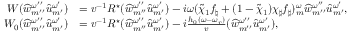
\begin{array} { r l } { W ( \widehat { w } _ { { m ^ { \prime \prime } } } ^ { \omega ^ { \prime \prime } } { \widehat { u } } _ { m ^ { \prime } } ^ { \omega ^ { \prime } } ) } & { = v ^ { - 1 } R ^ { \star } ( \widehat { w } _ { { m ^ { \prime \prime } } } ^ { \omega ^ { \prime \prime } } { \widehat { u } } _ { m ^ { \prime } } ^ { \omega ^ { \prime } } ) - i \omega ( \widetilde { \chi } _ { 1 } f _ { \natural } + ( 1 - \widetilde { \chi } _ { 1 } ) \chi _ { \sharp } f _ { \sharp } ) _ { m } ^ { \omega } \widehat { w } _ { { m ^ { \prime \prime } } } ^ { \omega ^ { \prime \prime } } { \widehat { u } } _ { m ^ { \prime } } ^ { \omega ^ { \prime } } , } \\ { W _ { 0 } ( \widehat { w } _ { { m ^ { \prime \prime } } } ^ { \omega ^ { \prime \prime } } { \widehat { u } } _ { m ^ { \prime } } ^ { \omega ^ { \prime } } ) } & { = v ^ { - 1 } R ^ { \star } ( \widehat { w } _ { { m ^ { \prime \prime } } } ^ { \omega ^ { \prime \prime } } { \widehat { u } } _ { m ^ { \prime } } ^ { \omega ^ { \prime } } ) - i \frac { h _ { 0 } ( \omega - \omega _ { r } ) } { v } ( \widehat { w } _ { { m ^ { \prime \prime } } } ^ { \omega ^ { \prime \prime } } { \widehat { u } } _ { m ^ { \prime } } ^ { \omega ^ { \prime } } ) , } \end{array}